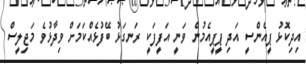
އިދިކޮޅު ޕީއެންސީ އަދި ޕީޕީއެމުން ވަނީ އަފީފަކީ ރަނގަޅު ބޭފުޅެއްކަމަށް ވިދާޅުވެ މަޖިލީސް